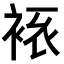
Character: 𧘾